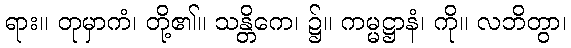
ရား။ တုမှာကံ၊ တို့၏။ သန္တိကေ၊ ၌။ ကမ္မဋ္ဌာနံ၊ ကို။ လဘိတွာ၊